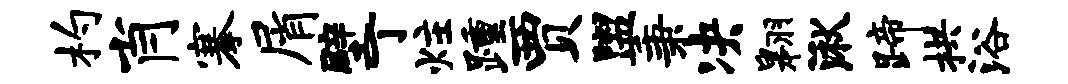
杓肖搴屑壁丁炷踵贾盥秉决翱湫蹄拱浴